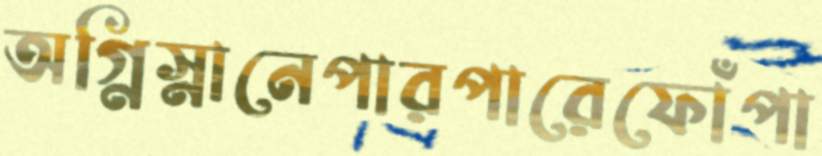
অগ্নিস্নানেপারপারেফোঁপা